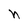
Character: n